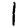
Digit: 1